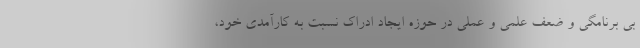
بی برنامگی و ضعف علمی و عملی در حوزه ایجاد ادراک نسبت به کارآمدی خود،